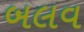
બલવ